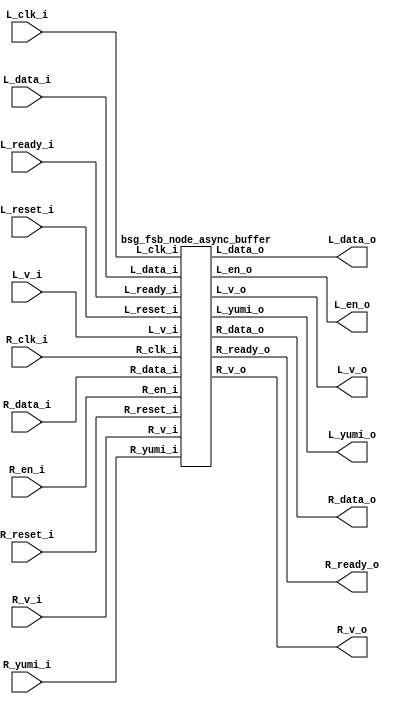
// This program was cloned from: https://github.com/chipsalliance/UHDM-integration-tests
// License: Apache License 2.0



module top
(
  L_clk_i,
  L_reset_i,
  L_en_o,
  L_v_o,
  L_data_o,
  L_ready_i,
  L_v_i,
  L_data_i,
  L_yumi_o,
  R_clk_i,
  R_reset_i,
  R_en_i,
  R_v_i,
  R_data_i,
  R_ready_o,
  R_v_o,
  R_data_o,
  R_yumi_i
);

  output [4:0] L_data_o;
  input [4:0] L_data_i;
  input [4:0] R_data_i;
  output [4:0] R_data_o;
  input L_clk_i;
  input L_reset_i;
  input L_ready_i;
  input L_v_i;
  input R_clk_i;
  input R_reset_i;
  input R_en_i;
  input R_v_i;
  input R_yumi_i;
  output L_en_o;
  output L_v_o;
  output L_yumi_o;
  output R_ready_o;
  output R_v_o;

  bsg_fsb_node_async_buffer
  wrapper
  (
    .L_data_o(L_data_o),
    .L_data_i(L_data_i),
    .R_data_i(R_data_i),
    .R_data_o(R_data_o),
    .L_clk_i(L_clk_i),
    .L_reset_i(L_reset_i),
    .L_ready_i(L_ready_i),
    .L_v_i(L_v_i),
    .R_clk_i(R_clk_i),
    .R_reset_i(R_reset_i),
    .R_en_i(R_en_i),
    .R_v_i(R_v_i),
    .R_yumi_i(R_yumi_i),
    .L_en_o(L_en_o),
    .L_v_o(L_v_o),
    .L_yumi_o(L_yumi_o),
    .R_ready_o(R_ready_o),
    .R_v_o(R_v_o)
  );


endmodule



module bsg_mem_1r1w_synth_width_p5_els_p16_read_write_same_addr_p0
(
  w_clk_i,
  w_reset_i,
  w_v_i,
  w_addr_i,
  w_data_i,
  r_v_i,
  r_addr_i,
  r_data_o
);

  input [3:0] w_addr_i;
  input [4:0] w_data_i;
  input [3:0] r_addr_i;
  output [4:0] r_data_o;
  input w_clk_i;
  input w_reset_i;
  input w_v_i;
  input r_v_i;
  wire [4:0] r_data_o;
  wire N0,N1,N2,N3,N4,N5,N6,N7,N8,N9,N10,N11,N12,N13,N14,N15,N16,N17,N18,N19,N20,N21,
  N22,N23,N24,N25,N26,N27,N28,N29,N30,N31,N32,N33,N34,N35,N36,N37,N38,N39,N40,N41,
  N42,N43,N44,N45,N46,N47,N48,N49,N50,N51,N52,N53,N54,N55,N56,N57,N58,N59,N60,N61,
  N62,N63,N64,N65,N66,N67,N68,N69,N70,N71,N72,N73,N74,N75,N76,N77,N78,N79,N80,N81,
  N82;
  wire [79:0] \nz.mem ;
  reg \nz.mem_79_sv2v_reg ,\nz.mem_78_sv2v_reg ,\nz.mem_77_sv2v_reg ,
  \nz.mem_76_sv2v_reg ,\nz.mem_75_sv2v_reg ,\nz.mem_74_sv2v_reg ,\nz.mem_73_sv2v_reg ,
  \nz.mem_72_sv2v_reg ,\nz.mem_71_sv2v_reg ,\nz.mem_70_sv2v_reg ,\nz.mem_69_sv2v_reg ,
  \nz.mem_68_sv2v_reg ,\nz.mem_67_sv2v_reg ,\nz.mem_66_sv2v_reg ,\nz.mem_65_sv2v_reg ,
  \nz.mem_64_sv2v_reg ,\nz.mem_63_sv2v_reg ,\nz.mem_62_sv2v_reg ,\nz.mem_61_sv2v_reg ,
  \nz.mem_60_sv2v_reg ,\nz.mem_59_sv2v_reg ,\nz.mem_58_sv2v_reg ,
  \nz.mem_57_sv2v_reg ,\nz.mem_56_sv2v_reg ,\nz.mem_55_sv2v_reg ,\nz.mem_54_sv2v_reg ,
  \nz.mem_53_sv2v_reg ,\nz.mem_52_sv2v_reg ,\nz.mem_51_sv2v_reg ,\nz.mem_50_sv2v_reg ,
  \nz.mem_49_sv2v_reg ,\nz.mem_48_sv2v_reg ,\nz.mem_47_sv2v_reg ,\nz.mem_46_sv2v_reg ,
  \nz.mem_45_sv2v_reg ,\nz.mem_44_sv2v_reg ,\nz.mem_43_sv2v_reg ,\nz.mem_42_sv2v_reg ,
  \nz.mem_41_sv2v_reg ,\nz.mem_40_sv2v_reg ,\nz.mem_39_sv2v_reg ,
  \nz.mem_38_sv2v_reg ,\nz.mem_37_sv2v_reg ,\nz.mem_36_sv2v_reg ,\nz.mem_35_sv2v_reg ,
  \nz.mem_34_sv2v_reg ,\nz.mem_33_sv2v_reg ,\nz.mem_32_sv2v_reg ,\nz.mem_31_sv2v_reg ,
  \nz.mem_30_sv2v_reg ,\nz.mem_29_sv2v_reg ,\nz.mem_28_sv2v_reg ,\nz.mem_27_sv2v_reg ,
  \nz.mem_26_sv2v_reg ,\nz.mem_25_sv2v_reg ,\nz.mem_24_sv2v_reg ,\nz.mem_23_sv2v_reg ,
  \nz.mem_22_sv2v_reg ,\nz.mem_21_sv2v_reg ,\nz.mem_20_sv2v_reg ,
  \nz.mem_19_sv2v_reg ,\nz.mem_18_sv2v_reg ,\nz.mem_17_sv2v_reg ,\nz.mem_16_sv2v_reg ,
  \nz.mem_15_sv2v_reg ,\nz.mem_14_sv2v_reg ,\nz.mem_13_sv2v_reg ,\nz.mem_12_sv2v_reg ,
  \nz.mem_11_sv2v_reg ,\nz.mem_10_sv2v_reg ,\nz.mem_9_sv2v_reg ,\nz.mem_8_sv2v_reg ,
  \nz.mem_7_sv2v_reg ,\nz.mem_6_sv2v_reg ,\nz.mem_5_sv2v_reg ,\nz.mem_4_sv2v_reg ,
  \nz.mem_3_sv2v_reg ,\nz.mem_2_sv2v_reg ,\nz.mem_1_sv2v_reg ,\nz.mem_0_sv2v_reg ;
  assign \nz.mem [79] = \nz.mem_79_sv2v_reg ;
  assign \nz.mem [78] = \nz.mem_78_sv2v_reg ;
  assign \nz.mem [77] = \nz.mem_77_sv2v_reg ;
  assign \nz.mem [76] = \nz.mem_76_sv2v_reg ;
  assign \nz.mem [75] = \nz.mem_75_sv2v_reg ;
  assign \nz.mem [74] = \nz.mem_74_sv2v_reg ;
  assign \nz.mem [73] = \nz.mem_73_sv2v_reg ;
  assign \nz.mem [72] = \nz.mem_72_sv2v_reg ;
  assign \nz.mem [71] = \nz.mem_71_sv2v_reg ;
  assign \nz.mem [70] = \nz.mem_70_sv2v_reg ;
  assign \nz.mem [69] = \nz.mem_69_sv2v_reg ;
  assign \nz.mem [68] = \nz.mem_68_sv2v_reg ;
  assign \nz.mem [67] = \nz.mem_67_sv2v_reg ;
  assign \nz.mem [66] = \nz.mem_66_sv2v_reg ;
  assign \nz.mem [65] = \nz.mem_65_sv2v_reg ;
  assign \nz.mem [64] = \nz.mem_64_sv2v_reg ;
  assign \nz.mem [63] = \nz.mem_63_sv2v_reg ;
  assign \nz.mem [62] = \nz.mem_62_sv2v_reg ;
  assign \nz.mem [61] = \nz.mem_61_sv2v_reg ;
  assign \nz.mem [60] = \nz.mem_60_sv2v_reg ;
  assign \nz.mem [59] = \nz.mem_59_sv2v_reg ;
  assign \nz.mem [58] = \nz.mem_58_sv2v_reg ;
  assign \nz.mem [57] = \nz.mem_57_sv2v_reg ;
  assign \nz.mem [56] = \nz.mem_56_sv2v_reg ;
  assign \nz.mem [55] = \nz.mem_55_sv2v_reg ;
  assign \nz.mem [54] = \nz.mem_54_sv2v_reg ;
  assign \nz.mem [53] = \nz.mem_53_sv2v_reg ;
  assign \nz.mem [52] = \nz.mem_52_sv2v_reg ;
  assign \nz.mem [51] = \nz.mem_51_sv2v_reg ;
  assign \nz.mem [50] = \nz.mem_50_sv2v_reg ;
  assign \nz.mem [49] = \nz.mem_49_sv2v_reg ;
  assign \nz.mem [48] = \nz.mem_48_sv2v_reg ;
  assign \nz.mem [47] = \nz.mem_47_sv2v_reg ;
  assign \nz.mem [46] = \nz.mem_46_sv2v_reg ;
  assign \nz.mem [45] = \nz.mem_45_sv2v_reg ;
  assign \nz.mem [44] = \nz.mem_44_sv2v_reg ;
  assign \nz.mem [43] = \nz.mem_43_sv2v_reg ;
  assign \nz.mem [42] = \nz.mem_42_sv2v_reg ;
  assign \nz.mem [41] = \nz.mem_41_sv2v_reg ;
  assign \nz.mem [40] = \nz.mem_40_sv2v_reg ;
  assign \nz.mem [39] = \nz.mem_39_sv2v_reg ;
  assign \nz.mem [38] = \nz.mem_38_sv2v_reg ;
  assign \nz.mem [37] = \nz.mem_37_sv2v_reg ;
  assign \nz.mem [36] = \nz.mem_36_sv2v_reg ;
  assign \nz.mem [35] = \nz.mem_35_sv2v_reg ;
  assign \nz.mem [34] = \nz.mem_34_sv2v_reg ;
  assign \nz.mem [33] = \nz.mem_33_sv2v_reg ;
  assign \nz.mem [32] = \nz.mem_32_sv2v_reg ;
  assign \nz.mem [31] = \nz.mem_31_sv2v_reg ;
  assign \nz.mem [30] = \nz.mem_30_sv2v_reg ;
  assign \nz.mem [29] = \nz.mem_29_sv2v_reg ;
  assign \nz.mem [28] = \nz.mem_28_sv2v_reg ;
  assign \nz.mem [27] = \nz.mem_27_sv2v_reg ;
  assign \nz.mem [26] = \nz.mem_26_sv2v_reg ;
  assign \nz.mem [25] = \nz.mem_25_sv2v_reg ;
  assign \nz.mem [24] = \nz.mem_24_sv2v_reg ;
  assign \nz.mem [23] = \nz.mem_23_sv2v_reg ;
  assign \nz.mem [22] = \nz.mem_22_sv2v_reg ;
  assign \nz.mem [21] = \nz.mem_21_sv2v_reg ;
  assign \nz.mem [20] = \nz.mem_20_sv2v_reg ;
  assign \nz.mem [19] = \nz.mem_19_sv2v_reg ;
  assign \nz.mem [18] = \nz.mem_18_sv2v_reg ;
  assign \nz.mem [17] = \nz.mem_17_sv2v_reg ;
  assign \nz.mem [16] = \nz.mem_16_sv2v_reg ;
  assign \nz.mem [15] = \nz.mem_15_sv2v_reg ;
  assign \nz.mem [14] = \nz.mem_14_sv2v_reg ;
  assign \nz.mem [13] = \nz.mem_13_sv2v_reg ;
  assign \nz.mem [12] = \nz.mem_12_sv2v_reg ;
  assign \nz.mem [11] = \nz.mem_11_sv2v_reg ;
  assign \nz.mem [10] = \nz.mem_10_sv2v_reg ;
  assign \nz.mem [9] = \nz.mem_9_sv2v_reg ;
  assign \nz.mem [8] = \nz.mem_8_sv2v_reg ;
  assign \nz.mem [7] = \nz.mem_7_sv2v_reg ;
  assign \nz.mem [6] = \nz.mem_6_sv2v_reg ;
  assign \nz.mem [5] = \nz.mem_5_sv2v_reg ;
  assign \nz.mem [4] = \nz.mem_4_sv2v_reg ;
  assign \nz.mem [3] = \nz.mem_3_sv2v_reg ;
  assign \nz.mem [2] = \nz.mem_2_sv2v_reg ;
  assign \nz.mem [1] = \nz.mem_1_sv2v_reg ;
  assign \nz.mem [0] = \nz.mem_0_sv2v_reg ;
  assign r_data_o[4] = (N26)? \nz.mem [4] : 
                       (N28)? \nz.mem [9] : 
                       (N30)? \nz.mem [14] : 
                       (N32)? \nz.mem [19] : 
                       (N34)? \nz.mem [24] : 
                       (N36)? \nz.mem [29] : 
                       (N38)? \nz.mem [34] : 
                       (N40)? \nz.mem [39] : 
                       (N27)? \nz.mem [44] : 
                       (N29)? \nz.mem [49] : 
                       (N31)? \nz.mem [54] : 
                       (N33)? \nz.mem [59] : 
                       (N35)? \nz.mem [64] : 
                       (N37)? \nz.mem [69] : 
                       (N39)? \nz.mem [74] : 
                       (N41)? \nz.mem [79] : 1'b0;
  assign r_data_o[3] = (N26)? \nz.mem [3] : 
                       (N28)? \nz.mem [8] : 
                       (N30)? \nz.mem [13] : 
                       (N32)? \nz.mem [18] : 
                       (N34)? \nz.mem [23] : 
                       (N36)? \nz.mem [28] : 
                       (N38)? \nz.mem [33] : 
                       (N40)? \nz.mem [38] : 
                       (N27)? \nz.mem [43] : 
                       (N29)? \nz.mem [48] : 
                       (N31)? \nz.mem [53] : 
                       (N33)? \nz.mem [58] : 
                       (N35)? \nz.mem [63] : 
                       (N37)? \nz.mem [68] : 
                       (N39)? \nz.mem [73] : 
                       (N41)? \nz.mem [78] : 1'b0;
  assign r_data_o[2] = (N26)? \nz.mem [2] : 
                       (N28)? \nz.mem [7] : 
                       (N30)? \nz.mem [12] : 
                       (N32)? \nz.mem [17] : 
                       (N34)? \nz.mem [22] : 
                       (N36)? \nz.mem [27] : 
                       (N38)? \nz.mem [32] : 
                       (N40)? \nz.mem [37] : 
                       (N27)? \nz.mem [42] : 
                       (N29)? \nz.mem [47] : 
                       (N31)? \nz.mem [52] : 
                       (N33)? \nz.mem [57] : 
                       (N35)? \nz.mem [62] : 
                       (N37)? \nz.mem [67] : 
                       (N39)? \nz.mem [72] : 
                       (N41)? \nz.mem [77] : 1'b0;
  assign r_data_o[1] = (N26)? \nz.mem [1] : 
                       (N28)? \nz.mem [6] : 
                       (N30)? \nz.mem [11] : 
                       (N32)? \nz.mem [16] : 
                       (N34)? \nz.mem [21] : 
                       (N36)? \nz.mem [26] : 
                       (N38)? \nz.mem [31] : 
                       (N40)? \nz.mem [36] : 
                       (N27)? \nz.mem [41] : 
                       (N29)? \nz.mem [46] : 
                       (N31)? \nz.mem [51] : 
                       (N33)? \nz.mem [56] : 
                       (N35)? \nz.mem [61] : 
                       (N37)? \nz.mem [66] : 
                       (N39)? \nz.mem [71] : 
                       (N41)? \nz.mem [76] : 1'b0;
  assign r_data_o[0] = (N26)? \nz.mem [0] : 
                       (N28)? \nz.mem [5] : 
                       (N30)? \nz.mem [10] : 
                       (N32)? \nz.mem [15] : 
                       (N34)? \nz.mem [20] : 
                       (N36)? \nz.mem [25] : 
                       (N38)? \nz.mem [30] : 
                       (N40)? \nz.mem [35] : 
                       (N27)? \nz.mem [40] : 
                       (N29)? \nz.mem [45] : 
                       (N31)? \nz.mem [50] : 
                       (N33)? \nz.mem [55] : 
                       (N35)? \nz.mem [60] : 
                       (N37)? \nz.mem [65] : 
                       (N39)? \nz.mem [70] : 
                       (N41)? \nz.mem [75] : 1'b0;
  assign N75 = w_addr_i[2] & w_addr_i[3];
  assign N76 = N0 & w_addr_i[3];
  assign N0 = ~w_addr_i[2];
  assign N77 = w_addr_i[2] & N1;
  assign N1 = ~w_addr_i[3];
  assign N78 = N2 & N3;
  assign N2 = ~w_addr_i[2];
  assign N3 = ~w_addr_i[3];
  assign N79 = w_addr_i[0] & w_addr_i[1];
  assign N80 = N4 & w_addr_i[1];
  assign N4 = ~w_addr_i[0];
  assign N81 = w_addr_i[0] & N5;
  assign N5 = ~w_addr_i[1];
  assign N82 = N6 & N7;
  assign N6 = ~w_addr_i[0];
  assign N7 = ~w_addr_i[1];
  assign N58 = N75 & N79;
  assign N57 = N75 & N80;
  assign N56 = N75 & N81;
  assign N55 = N75 & N82;
  assign N54 = N76 & N79;
  assign N53 = N76 & N80;
  assign N52 = N76 & N81;
  assign N51 = N76 & N82;
  assign N50 = N77 & N79;
  assign N49 = N77 & N80;
  assign N48 = N77 & N81;
  assign N47 = N77 & N82;
  assign N46 = N78 & N79;
  assign N45 = N78 & N80;
  assign N44 = N78 & N81;
  assign N43 = N78 & N82;
  assign { N74, N73, N72, N71, N70, N69, N68, N67, N66, N65, N64, N63, N62, N61, N60, N59 } = (N8)? { N58, N57, N56, N55, N54, N53, N52, N51, N50, N49, N48, N47, N46, N45, N44, N43 } : 
                                                                                              (N9)? { 1'b0, 1'b0, 1'b0, 1'b0, 1'b0, 1'b0, 1'b0, 1'b0, 1'b0, 1'b0, 1'b0, 1'b0, 1'b0, 1'b0, 1'b0, 1'b0 } : 1'b0;
  assign N8 = w_v_i;
  assign N9 = N42;
  assign N10 = ~r_addr_i[0];
  assign N11 = ~r_addr_i[1];
  assign N12 = N10 & N11;
  assign N13 = N10 & r_addr_i[1];
  assign N14 = r_addr_i[0] & N11;
  assign N15 = r_addr_i[0] & r_addr_i[1];
  assign N16 = ~r_addr_i[2];
  assign N17 = N12 & N16;
  assign N18 = N12 & r_addr_i[2];
  assign N19 = N14 & N16;
  assign N20 = N14 & r_addr_i[2];
  assign N21 = N13 & N16;
  assign N22 = N13 & r_addr_i[2];
  assign N23 = N15 & N16;
  assign N24 = N15 & r_addr_i[2];
  assign N25 = ~r_addr_i[3];
  assign N26 = N17 & N25;
  assign N27 = N17 & r_addr_i[3];
  assign N28 = N19 & N25;
  assign N29 = N19 & r_addr_i[3];
  assign N30 = N21 & N25;
  assign N31 = N21 & r_addr_i[3];
  assign N32 = N23 & N25;
  assign N33 = N23 & r_addr_i[3];
  assign N34 = N18 & N25;
  assign N35 = N18 & r_addr_i[3];
  assign N36 = N20 & N25;
  assign N37 = N20 & r_addr_i[3];
  assign N38 = N22 & N25;
  assign N39 = N22 & r_addr_i[3];
  assign N40 = N24 & N25;
  assign N41 = N24 & r_addr_i[3];
  assign N42 = ~w_v_i;

  always @(posedge w_clk_i) begin
    if(N74) begin
      \nz.mem_79_sv2v_reg  <= w_data_i[4];
      \nz.mem_78_sv2v_reg  <= w_data_i[3];
      \nz.mem_77_sv2v_reg  <= w_data_i[2];
      \nz.mem_76_sv2v_reg  <= w_data_i[1];
      \nz.mem_75_sv2v_reg  <= w_data_i[0];
    end 
    if(N73) begin
      \nz.mem_74_sv2v_reg  <= w_data_i[4];
      \nz.mem_73_sv2v_reg  <= w_data_i[3];
      \nz.mem_72_sv2v_reg  <= w_data_i[2];
      \nz.mem_71_sv2v_reg  <= w_data_i[1];
      \nz.mem_70_sv2v_reg  <= w_data_i[0];
    end 
    if(N72) begin
      \nz.mem_69_sv2v_reg  <= w_data_i[4];
      \nz.mem_68_sv2v_reg  <= w_data_i[3];
      \nz.mem_67_sv2v_reg  <= w_data_i[2];
      \nz.mem_66_sv2v_reg  <= w_data_i[1];
      \nz.mem_65_sv2v_reg  <= w_data_i[0];
    end 
    if(N71) begin
      \nz.mem_64_sv2v_reg  <= w_data_i[4];
      \nz.mem_63_sv2v_reg  <= w_data_i[3];
      \nz.mem_62_sv2v_reg  <= w_data_i[2];
      \nz.mem_61_sv2v_reg  <= w_data_i[1];
      \nz.mem_60_sv2v_reg  <= w_data_i[0];
    end 
    if(N70) begin
      \nz.mem_59_sv2v_reg  <= w_data_i[4];
      \nz.mem_58_sv2v_reg  <= w_data_i[3];
      \nz.mem_57_sv2v_reg  <= w_data_i[2];
      \nz.mem_56_sv2v_reg  <= w_data_i[1];
      \nz.mem_55_sv2v_reg  <= w_data_i[0];
    end 
    if(N69) begin
      \nz.mem_54_sv2v_reg  <= w_data_i[4];
      \nz.mem_53_sv2v_reg  <= w_data_i[3];
      \nz.mem_52_sv2v_reg  <= w_data_i[2];
      \nz.mem_51_sv2v_reg  <= w_data_i[1];
      \nz.mem_50_sv2v_reg  <= w_data_i[0];
    end 
    if(N68) begin
      \nz.mem_49_sv2v_reg  <= w_data_i[4];
      \nz.mem_48_sv2v_reg  <= w_data_i[3];
      \nz.mem_47_sv2v_reg  <= w_data_i[2];
      \nz.mem_46_sv2v_reg  <= w_data_i[1];
      \nz.mem_45_sv2v_reg  <= w_data_i[0];
    end 
    if(N67) begin
      \nz.mem_44_sv2v_reg  <= w_data_i[4];
      \nz.mem_43_sv2v_reg  <= w_data_i[3];
      \nz.mem_42_sv2v_reg  <= w_data_i[2];
      \nz.mem_41_sv2v_reg  <= w_data_i[1];
      \nz.mem_40_sv2v_reg  <= w_data_i[0];
    end 
    if(N66) begin
      \nz.mem_39_sv2v_reg  <= w_data_i[4];
      \nz.mem_38_sv2v_reg  <= w_data_i[3];
      \nz.mem_37_sv2v_reg  <= w_data_i[2];
      \nz.mem_36_sv2v_reg  <= w_data_i[1];
      \nz.mem_35_sv2v_reg  <= w_data_i[0];
    end 
    if(N65) begin
      \nz.mem_34_sv2v_reg  <= w_data_i[4];
      \nz.mem_33_sv2v_reg  <= w_data_i[3];
      \nz.mem_32_sv2v_reg  <= w_data_i[2];
      \nz.mem_31_sv2v_reg  <= w_data_i[1];
      \nz.mem_30_sv2v_reg  <= w_data_i[0];
    end 
    if(N64) begin
      \nz.mem_29_sv2v_reg  <= w_data_i[4];
      \nz.mem_28_sv2v_reg  <= w_data_i[3];
      \nz.mem_27_sv2v_reg  <= w_data_i[2];
      \nz.mem_26_sv2v_reg  <= w_data_i[1];
      \nz.mem_25_sv2v_reg  <= w_data_i[0];
    end 
    if(N63) begin
      \nz.mem_24_sv2v_reg  <= w_data_i[4];
      \nz.mem_23_sv2v_reg  <= w_data_i[3];
      \nz.mem_22_sv2v_reg  <= w_data_i[2];
      \nz.mem_21_sv2v_reg  <= w_data_i[1];
      \nz.mem_20_sv2v_reg  <= w_data_i[0];
    end 
    if(N62) begin
      \nz.mem_19_sv2v_reg  <= w_data_i[4];
      \nz.mem_18_sv2v_reg  <= w_data_i[3];
      \nz.mem_17_sv2v_reg  <= w_data_i[2];
      \nz.mem_16_sv2v_reg  <= w_data_i[1];
      \nz.mem_15_sv2v_reg  <= w_data_i[0];
    end 
    if(N61) begin
      \nz.mem_14_sv2v_reg  <= w_data_i[4];
      \nz.mem_13_sv2v_reg  <= w_data_i[3];
      \nz.mem_12_sv2v_reg  <= w_data_i[2];
      \nz.mem_11_sv2v_reg  <= w_data_i[1];
      \nz.mem_10_sv2v_reg  <= w_data_i[0];
    end 
    if(N60) begin
      \nz.mem_9_sv2v_reg  <= w_data_i[4];
      \nz.mem_8_sv2v_reg  <= w_data_i[3];
      \nz.mem_7_sv2v_reg  <= w_data_i[2];
      \nz.mem_6_sv2v_reg  <= w_data_i[1];
      \nz.mem_5_sv2v_reg  <= w_data_i[0];
    end 
    if(N59) begin
      \nz.mem_4_sv2v_reg  <= w_data_i[4];
      \nz.mem_3_sv2v_reg  <= w_data_i[3];
      \nz.mem_2_sv2v_reg  <= w_data_i[2];
      \nz.mem_1_sv2v_reg  <= w_data_i[1];
      \nz.mem_0_sv2v_reg  <= w_data_i[0];
    end 
  end


endmodule



module bsg_mem_1r1w_width_p5_els_p16_read_write_same_addr_p0
(
  w_clk_i,
  w_reset_i,
  w_v_i,
  w_addr_i,
  w_data_i,
  r_v_i,
  r_addr_i,
  r_data_o
);

  input [3:0] w_addr_i;
  input [4:0] w_data_i;
  input [3:0] r_addr_i;
  output [4:0] r_data_o;
  input w_clk_i;
  input w_reset_i;
  input w_v_i;
  input r_v_i;
  wire [4:0] r_data_o;

  bsg_mem_1r1w_synth_width_p5_els_p16_read_write_same_addr_p0
  synth
  (
    .w_clk_i(w_clk_i),
    .w_reset_i(w_reset_i),
    .w_v_i(w_v_i),
    .w_addr_i(w_addr_i),
    .w_data_i(w_data_i),
    .r_v_i(r_v_i),
    .r_addr_i(r_addr_i),
    .r_data_o(r_data_o)
  );


endmodule



module bsg_launch_sync_sync_posedge_5_unit
(
  iclk_i,
  iclk_reset_i,
  oclk_i,
  iclk_data_i,
  iclk_data_o,
  oclk_data_o
);

  input [4:0] iclk_data_i;
  output [4:0] iclk_data_o;
  output [4:0] oclk_data_o;
  input iclk_i;
  input iclk_reset_i;
  input oclk_i;
  wire [4:0] iclk_data_o,oclk_data_o,bsg_SYNC_1_r;
  reg iclk_data_o_4_sv2v_reg,iclk_data_o_3_sv2v_reg,iclk_data_o_2_sv2v_reg,
  iclk_data_o_1_sv2v_reg,iclk_data_o_0_sv2v_reg,bsg_SYNC_1_r_4_sv2v_reg,
  bsg_SYNC_1_r_3_sv2v_reg,bsg_SYNC_1_r_2_sv2v_reg,bsg_SYNC_1_r_1_sv2v_reg,bsg_SYNC_1_r_0_sv2v_reg,
  oclk_data_o_4_sv2v_reg,oclk_data_o_3_sv2v_reg,oclk_data_o_2_sv2v_reg,
  oclk_data_o_1_sv2v_reg,oclk_data_o_0_sv2v_reg;
  assign iclk_data_o[4] = iclk_data_o_4_sv2v_reg;
  assign iclk_data_o[3] = iclk_data_o_3_sv2v_reg;
  assign iclk_data_o[2] = iclk_data_o_2_sv2v_reg;
  assign iclk_data_o[1] = iclk_data_o_1_sv2v_reg;
  assign iclk_data_o[0] = iclk_data_o_0_sv2v_reg;
  assign bsg_SYNC_1_r[4] = bsg_SYNC_1_r_4_sv2v_reg;
  assign bsg_SYNC_1_r[3] = bsg_SYNC_1_r_3_sv2v_reg;
  assign bsg_SYNC_1_r[2] = bsg_SYNC_1_r_2_sv2v_reg;
  assign bsg_SYNC_1_r[1] = bsg_SYNC_1_r_1_sv2v_reg;
  assign bsg_SYNC_1_r[0] = bsg_SYNC_1_r_0_sv2v_reg;
  assign oclk_data_o[4] = oclk_data_o_4_sv2v_reg;
  assign oclk_data_o[3] = oclk_data_o_3_sv2v_reg;
  assign oclk_data_o[2] = oclk_data_o_2_sv2v_reg;
  assign oclk_data_o[1] = oclk_data_o_1_sv2v_reg;
  assign oclk_data_o[0] = oclk_data_o_0_sv2v_reg;

  always @(posedge iclk_i) begin
    if(iclk_reset_i) begin
      iclk_data_o_4_sv2v_reg <= 1'b0;
      iclk_data_o_3_sv2v_reg <= 1'b0;
      iclk_data_o_2_sv2v_reg <= 1'b0;
      iclk_data_o_1_sv2v_reg <= 1'b0;
      iclk_data_o_0_sv2v_reg <= 1'b0;
    end else if(1'b1) begin
      iclk_data_o_4_sv2v_reg <= iclk_data_i[4];
      iclk_data_o_3_sv2v_reg <= iclk_data_i[3];
      iclk_data_o_2_sv2v_reg <= iclk_data_i[2];
      iclk_data_o_1_sv2v_reg <= iclk_data_i[1];
      iclk_data_o_0_sv2v_reg <= iclk_data_i[0];
    end 
  end


  always @(posedge oclk_i) begin
    if(1'b1) begin
      bsg_SYNC_1_r_4_sv2v_reg <= iclk_data_o[4];
      bsg_SYNC_1_r_3_sv2v_reg <= iclk_data_o[3];
      bsg_SYNC_1_r_2_sv2v_reg <= iclk_data_o[2];
      bsg_SYNC_1_r_1_sv2v_reg <= iclk_data_o[1];
      bsg_SYNC_1_r_0_sv2v_reg <= iclk_data_o[0];
      oclk_data_o_4_sv2v_reg <= bsg_SYNC_1_r[4];
      oclk_data_o_3_sv2v_reg <= bsg_SYNC_1_r[3];
      oclk_data_o_2_sv2v_reg <= bsg_SYNC_1_r[2];
      oclk_data_o_1_sv2v_reg <= bsg_SYNC_1_r[1];
      oclk_data_o_0_sv2v_reg <= bsg_SYNC_1_r[0];
    end 
  end


endmodule



module bsg_launch_sync_sync_width_p5_use_negedge_for_launch_p0_use_async_reset_p0
(
  iclk_i,
  iclk_reset_i,
  oclk_i,
  iclk_data_i,
  iclk_data_o,
  oclk_data_o
);

  input [4:0] iclk_data_i;
  output [4:0] iclk_data_o;
  output [4:0] oclk_data_o;
  input iclk_i;
  input iclk_reset_i;
  input oclk_i;
  wire [4:0] iclk_data_o,oclk_data_o;

  bsg_launch_sync_sync_posedge_5_unit
  \sync.p.z.blss 
  (
    .iclk_i(iclk_i),
    .iclk_reset_i(iclk_reset_i),
    .oclk_i(oclk_i),
    .iclk_data_i(iclk_data_i),
    .iclk_data_o(iclk_data_o),
    .oclk_data_o(oclk_data_o)
  );


endmodule



module bsg_async_ptr_gray_lg_size_p5
(
  w_clk_i,
  w_reset_i,
  w_inc_i,
  r_clk_i,
  w_ptr_binary_r_o,
  w_ptr_gray_r_o,
  w_ptr_gray_r_rsync_o
);

  output [4:0] w_ptr_binary_r_o;
  output [4:0] w_ptr_gray_r_o;
  output [4:0] w_ptr_gray_r_rsync_o;
  input w_clk_i;
  input w_reset_i;
  input w_inc_i;
  input r_clk_i;
  wire [4:0] w_ptr_binary_r_o,w_ptr_gray_r_o,w_ptr_gray_r_rsync_o,w_ptr_p1_r,w_ptr_p2,
  w_ptr_gray_n;
  wire N0,N1,N2,N3,N4,N5,N6;
  reg w_ptr_p1_r_4_sv2v_reg,w_ptr_p1_r_3_sv2v_reg,w_ptr_p1_r_2_sv2v_reg,
  w_ptr_p1_r_1_sv2v_reg,w_ptr_p1_r_0_sv2v_reg,w_ptr_binary_r_o_4_sv2v_reg,
  w_ptr_binary_r_o_3_sv2v_reg,w_ptr_binary_r_o_2_sv2v_reg,w_ptr_binary_r_o_1_sv2v_reg,
  w_ptr_binary_r_o_0_sv2v_reg;
  assign w_ptr_p1_r[4] = w_ptr_p1_r_4_sv2v_reg;
  assign w_ptr_p1_r[3] = w_ptr_p1_r_3_sv2v_reg;
  assign w_ptr_p1_r[2] = w_ptr_p1_r_2_sv2v_reg;
  assign w_ptr_p1_r[1] = w_ptr_p1_r_1_sv2v_reg;
  assign w_ptr_p1_r[0] = w_ptr_p1_r_0_sv2v_reg;
  assign w_ptr_binary_r_o[4] = w_ptr_binary_r_o_4_sv2v_reg;
  assign w_ptr_binary_r_o[3] = w_ptr_binary_r_o_3_sv2v_reg;
  assign w_ptr_binary_r_o[2] = w_ptr_binary_r_o_2_sv2v_reg;
  assign w_ptr_binary_r_o[1] = w_ptr_binary_r_o_1_sv2v_reg;
  assign w_ptr_binary_r_o[0] = w_ptr_binary_r_o_0_sv2v_reg;

  bsg_launch_sync_sync_width_p5_use_negedge_for_launch_p0_use_async_reset_p0
  ptr_sync
  (
    .iclk_i(w_clk_i),
    .iclk_reset_i(w_reset_i),
    .oclk_i(r_clk_i),
    .iclk_data_i(w_ptr_gray_n),
    .iclk_data_o(w_ptr_gray_r_o),
    .oclk_data_o(w_ptr_gray_r_rsync_o)
  );

  assign w_ptr_p2 = w_ptr_p1_r + 1'b1;
  assign w_ptr_gray_n = (N0)? { w_ptr_p1_r[4:4], N3, N4, N5, N6 } : 
                        (N1)? w_ptr_gray_r_o : 1'b0;
  assign N0 = w_inc_i;
  assign N1 = N2;
  assign N2 = ~w_inc_i;
  assign N3 = w_ptr_p1_r[4] ^ w_ptr_p1_r[3];
  assign N4 = w_ptr_p1_r[3] ^ w_ptr_p1_r[2];
  assign N5 = w_ptr_p1_r[2] ^ w_ptr_p1_r[1];
  assign N6 = w_ptr_p1_r[1] ^ w_ptr_p1_r[0];

  always @(posedge w_clk_i) begin
    if(w_reset_i) begin
      w_ptr_p1_r_4_sv2v_reg <= 1'b0;
      w_ptr_p1_r_3_sv2v_reg <= 1'b0;
      w_ptr_p1_r_2_sv2v_reg <= 1'b0;
      w_ptr_p1_r_1_sv2v_reg <= 1'b0;
      w_ptr_p1_r_0_sv2v_reg <= 1'b1;
      w_ptr_binary_r_o_4_sv2v_reg <= 1'b0;
      w_ptr_binary_r_o_3_sv2v_reg <= 1'b0;
      w_ptr_binary_r_o_2_sv2v_reg <= 1'b0;
      w_ptr_binary_r_o_1_sv2v_reg <= 1'b0;
      w_ptr_binary_r_o_0_sv2v_reg <= 1'b0;
    end else if(w_inc_i) begin
      w_ptr_p1_r_4_sv2v_reg <= w_ptr_p2[4];
      w_ptr_p1_r_3_sv2v_reg <= w_ptr_p2[3];
      w_ptr_p1_r_2_sv2v_reg <= w_ptr_p2[2];
      w_ptr_p1_r_1_sv2v_reg <= w_ptr_p2[1];
      w_ptr_p1_r_0_sv2v_reg <= w_ptr_p2[0];
      w_ptr_binary_r_o_4_sv2v_reg <= w_ptr_p1_r[4];
      w_ptr_binary_r_o_3_sv2v_reg <= w_ptr_p1_r[3];
      w_ptr_binary_r_o_2_sv2v_reg <= w_ptr_p1_r[2];
      w_ptr_binary_r_o_1_sv2v_reg <= w_ptr_p1_r[1];
      w_ptr_binary_r_o_0_sv2v_reg <= w_ptr_p1_r[0];
    end 
  end


endmodule



module bsg_async_fifo_lg_size_p4_width_p5
(
  w_clk_i,
  w_reset_i,
  w_enq_i,
  w_data_i,
  w_full_o,
  r_clk_i,
  r_reset_i,
  r_deq_i,
  r_data_o,
  r_valid_o
);

  input [4:0] w_data_i;
  output [4:0] r_data_o;
  input w_clk_i;
  input w_reset_i;
  input w_enq_i;
  input r_clk_i;
  input r_reset_i;
  input r_deq_i;
  output w_full_o;
  output r_valid_o;
  wire [4:0] r_data_o,w_ptr_binary_r,r_ptr_binary_r,w_ptr_gray_r,w_ptr_gray_r_rsync,
  r_ptr_gray_r,r_ptr_gray_r_wsync;
  wire w_full_o,r_valid_o,N0,N1;

  bsg_mem_1r1w_width_p5_els_p16_read_write_same_addr_p0
  MSYNC_1r1w
  (
    .w_clk_i(w_clk_i),
    .w_reset_i(w_reset_i),
    .w_v_i(w_enq_i),
    .w_addr_i(w_ptr_binary_r[3:0]),
    .w_data_i(w_data_i),
    .r_v_i(r_valid_o),
    .r_addr_i(r_ptr_binary_r[3:0]),
    .r_data_o(r_data_o)
  );


  bsg_async_ptr_gray_lg_size_p5
  bapg_wr
  (
    .w_clk_i(w_clk_i),
    .w_reset_i(w_reset_i),
    .w_inc_i(w_enq_i),
    .r_clk_i(r_clk_i),
    .w_ptr_binary_r_o(w_ptr_binary_r),
    .w_ptr_gray_r_o(w_ptr_gray_r),
    .w_ptr_gray_r_rsync_o(w_ptr_gray_r_rsync)
  );


  bsg_async_ptr_gray_lg_size_p5
  bapg_rd
  (
    .w_clk_i(r_clk_i),
    .w_reset_i(r_reset_i),
    .w_inc_i(r_deq_i),
    .r_clk_i(w_clk_i),
    .w_ptr_binary_r_o(r_ptr_binary_r),
    .w_ptr_gray_r_o(r_ptr_gray_r),
    .w_ptr_gray_r_rsync_o(r_ptr_gray_r_wsync)
  );

  assign r_valid_o = r_ptr_gray_r != w_ptr_gray_r_rsync;
  assign w_full_o = w_ptr_gray_r == { N0, N1, r_ptr_gray_r_wsync[2:0] };
  assign N0 = ~r_ptr_gray_r_wsync[4];
  assign N1 = ~r_ptr_gray_r_wsync[3];

endmodule



module bsg_sync_sync_1_unit
(
  oclk_i,
  iclk_data_i,
  oclk_data_o
);

  input [0:0] iclk_data_i;
  output [0:0] oclk_data_o;
  input oclk_i;
  wire [0:0] oclk_data_o,bsg_SYNC_1_r;
  reg bsg_SYNC_1_r_0_sv2v_reg,oclk_data_o_0_sv2v_reg;
  assign bsg_SYNC_1_r[0] = bsg_SYNC_1_r_0_sv2v_reg;
  assign oclk_data_o[0] = oclk_data_o_0_sv2v_reg;

  always @(posedge oclk_i) begin
    if(1'b1) begin
      bsg_SYNC_1_r_0_sv2v_reg <= iclk_data_i[0];
      oclk_data_o_0_sv2v_reg <= bsg_SYNC_1_r[0];
    end 
  end


endmodule



module bsg_sync_sync_width_p1
(
  oclk_i,
  iclk_data_i,
  oclk_data_o
);

  input [0:0] iclk_data_i;
  output [0:0] oclk_data_o;
  input oclk_i;
  wire [0:0] oclk_data_o;

  bsg_sync_sync_1_unit
  \z.bss 
  (
    .oclk_i(oclk_i),
    .iclk_data_i(iclk_data_i[0]),
    .oclk_data_o(oclk_data_o[0])
  );


endmodule



module bsg_fsb_node_async_buffer
(
  L_clk_i,
  L_reset_i,
  L_en_o,
  L_v_o,
  L_data_o,
  L_ready_i,
  L_v_i,
  L_data_i,
  L_yumi_o,
  R_clk_i,
  R_reset_i,
  R_en_i,
  R_v_i,
  R_data_i,
  R_ready_o,
  R_v_o,
  R_data_o,
  R_yumi_i
);

  output [4:0] L_data_o;
  input [4:0] L_data_i;
  input [4:0] R_data_i;
  output [4:0] R_data_o;
  input L_clk_i;
  input L_reset_i;
  input L_ready_i;
  input L_v_i;
  input R_clk_i;
  input R_reset_i;
  input R_en_i;
  input R_v_i;
  input R_yumi_i;
  output L_en_o;
  output L_v_o;
  output L_yumi_o;
  output R_ready_o;
  output R_v_o;
  wire [4:0] L_data_o,R_data_o;
  wire L_en_o,L_v_o,L_yumi_o,R_ready_o,R_v_o,R_w_full_lo,_0_net_,_1_net_,L_w_full_lo,
  N0,N1;

  bsg_async_fifo_lg_size_p4_width_p5
  r2l_fifo
  (
    .w_clk_i(R_clk_i),
    .w_reset_i(R_reset_i),
    .w_enq_i(_0_net_),
    .w_data_i(R_data_i),
    .w_full_o(R_w_full_lo),
    .r_clk_i(L_clk_i),
    .r_reset_i(L_reset_i),
    .r_deq_i(_1_net_),
    .r_data_o(L_data_o),
    .r_valid_o(L_v_o)
  );


  bsg_async_fifo_lg_size_p4_width_p5
  l2r_fifo
  (
    .w_clk_i(L_clk_i),
    .w_reset_i(L_reset_i),
    .w_enq_i(L_yumi_o),
    .w_data_i(L_data_i),
    .w_full_o(L_w_full_lo),
    .r_clk_i(R_clk_i),
    .r_reset_i(R_reset_i),
    .r_deq_i(R_yumi_i),
    .r_data_o(R_data_o),
    .r_valid_o(R_v_o)
  );


  bsg_sync_sync_width_p1
  fsb_en_sync
  (
    .oclk_i(L_clk_i),
    .iclk_data_i(R_en_i),
    .oclk_data_o(L_en_o)
  );

  assign R_ready_o = ~R_w_full_lo;
  assign _1_net_ = L_v_o & L_ready_i;
  assign _0_net_ = N0 & R_v_i;
  assign N0 = ~R_w_full_lo;
  assign L_yumi_o = N1 & L_v_i;
  assign N1 = ~L_w_full_lo;

endmodule